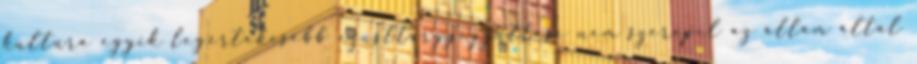
kultúra egyik legértékesebb ezüsttárgyegyüttese nem szerepel az állam által